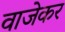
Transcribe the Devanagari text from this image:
वाजेकर